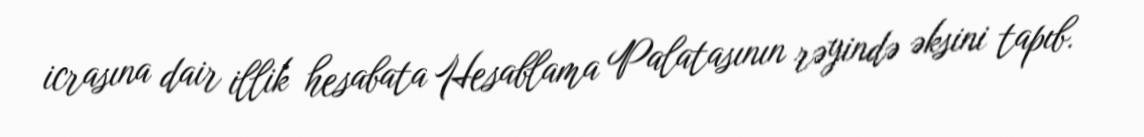
icrasına dair illik hesabata Hesablama Palatasının rəyində əksini tapıb.